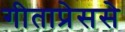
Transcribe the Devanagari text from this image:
गीताप्रेससे